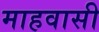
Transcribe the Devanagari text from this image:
माहवासी